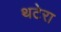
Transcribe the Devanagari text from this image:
थटेरा